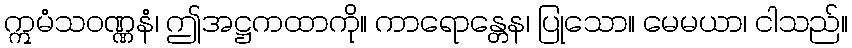
ဣမံသဝဏ္ဏနံ၊ ဤအဋ္ဌကထာကို။ ကာရောန္တေန၊ ပြုသော။ မေမယာ၊ ငါသည်။